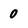
Character: 0